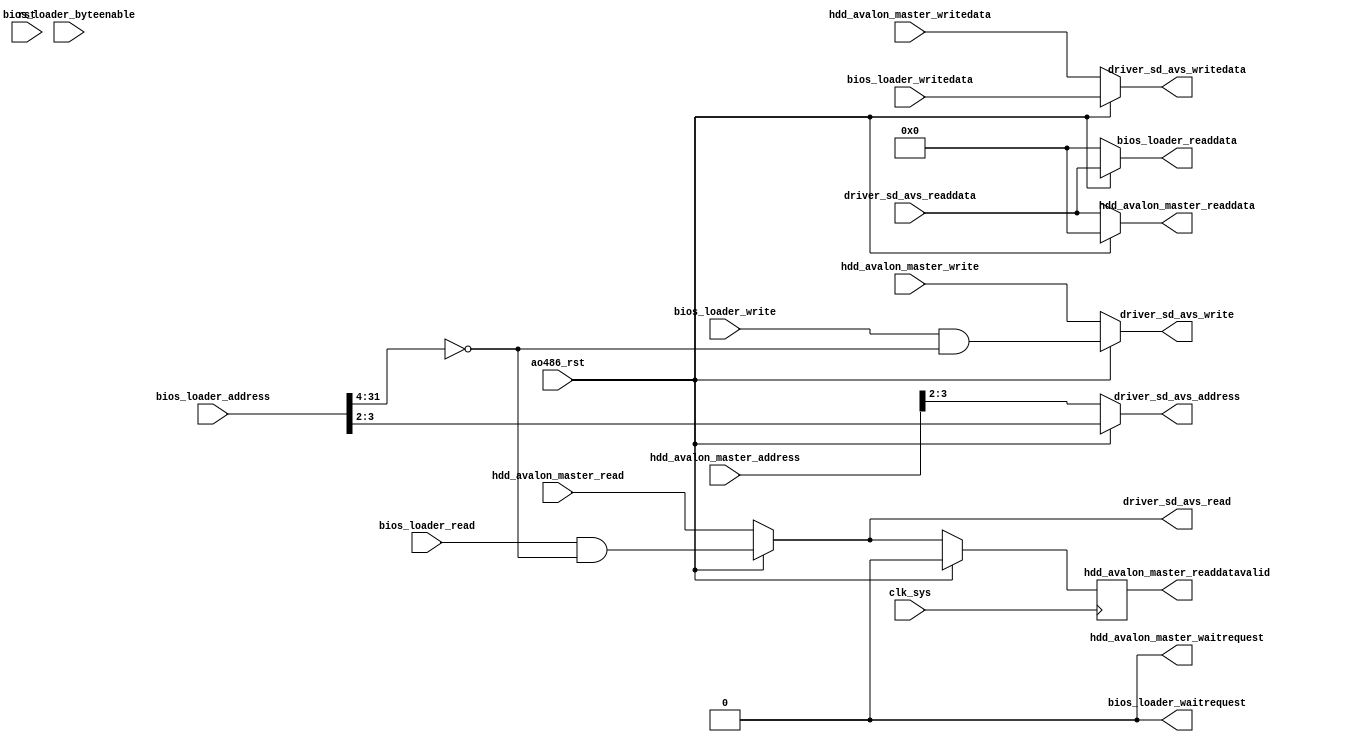
/*
 * Copyright (c) 2015, Arch Laboratory
 * All rights reserved.
 *
 * Redistribution and use in source and binary forms, with or without
 * modification, are permitted provided that the following conditions are met:
 *
 * 1. Redistributions of source code must retain the above copyright notice,
 *    this list of conditions and the following disclaimer.
 * 2. Redistributions in binary form must reproduce the above copyright notice,
 *    this list of conditions and the following disclaimer in the documentation
 *    and/or other materials provided with the distribution.
 *
 * THIS SOFTWARE IS PROVIDED BY THE COPYRIGHT HOLDERS AND CONTRIBUTORS "AS IS" AND
 * ANY EXPRESS OR IMPLIED WARRANTIES, INCLUDING, BUT NOT LIMITED TO, THE IMPLIED
 * WARRANTIES OF MERCHANTABILITY AND FITNESS FOR A PARTICULAR PURPOSE ARE
 * DISCLAIMED. IN NO EVENT SHALL THE COPYRIGHT OWNER OR CONTRIBUTORS BE LIABLE FOR
 * ANY DIRECT, INDIRECT, INCIDENTAL, SPECIAL, EXEMPLARY, OR CONSEQUENTIAL DAMAGES
 * (INCLUDING, BUT NOT LIMITED TO, PROCUREMENT OF SUBSTITUTE GOODS OR SERVICES;
 * LOSS OF USE, DATA, OR PROFITS; OR BUSINESS INTERRUPTION) HOWEVER CAUSED AND
 * ON ANY THEORY OF LIABILITY, WHETHER IN CONTRACT, STRICT LIABILITY, OR TORT
 * (INCLUDING NEGLIGENCE OR OTHERWISE) ARISING IN ANY WAY OUT OF THE USE OF THIS
 * SOFTWARE, EVEN IF ADVISED OF THE POSSIBILITY OF SUCH DAMAGE.
 *
 */

module to_driver_sd_avs(
                        input wire         clk_sys,
                        input wire         rst,
                        input wire         ao486_rst,

                        // input hdd_avalon_master
                        input wire [31:0]  hdd_avalon_master_address,
                        input wire         hdd_avalon_master_read,
                        output wire [31:0] hdd_avalon_master_readdata,
                        input wire         hdd_avalon_master_write,
                        input wire [31:0]  hdd_avalon_master_writedata,
                        output wire        hdd_avalon_master_waitrequest,
                        output reg         hdd_avalon_master_readdatavalid,

                        // input bios_loader
                        input wire [31:0]  bios_loader_address,
                        input wire         bios_loader_read,
                        output wire [31:0] bios_loader_readdata,
                        input wire         bios_loader_write,
                        input wire [31:0]  bios_loader_writedata,
                        output wire        bios_loader_waitrequest,
                        input wire [3:0]   bios_loader_byteenable,

                        // output driver_sd_avs
                        output wire [1:0]  driver_sd_avs_address,
                        output wire        driver_sd_avs_read,
                        input wire [31:0]  driver_sd_avs_readdata,
                        output wire        driver_sd_avs_write,
                        output wire [31:0] driver_sd_avs_writedata
                        );

    assign driver_sd_avs_address   = (~ao486_rst) ? hdd_avalon_master_address[3:2] : bios_loader_address[3:2];
    assign driver_sd_avs_read      = (~ao486_rst) ? hdd_avalon_master_read : bios_loader_read && bios_loader_address[31:4] == 28'h0;
    assign driver_sd_avs_write     = (~ao486_rst) ? hdd_avalon_master_write : bios_loader_write && bios_loader_address[31:4] == 28'h0;
    assign driver_sd_avs_writedata = (~ao486_rst) ? hdd_avalon_master_writedata : bios_loader_writedata;

    assign hdd_avalon_master_readdata = (~ao486_rst) ? driver_sd_avs_readdata : 0;
    assign hdd_avalon_master_waitrequest = 0;
    always @(posedge clk_sys) hdd_avalon_master_readdatavalid <= (~ao486_rst) ? driver_sd_avs_read : 0;

    assign bios_loader_readdata = (~ao486_rst) ? 0 : driver_sd_avs_readdata;
    assign bios_loader_waitrequest = 0;

endmodule